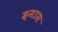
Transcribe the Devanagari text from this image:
इनाउस